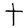
Character: T